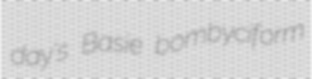
day's Basie bombyciform